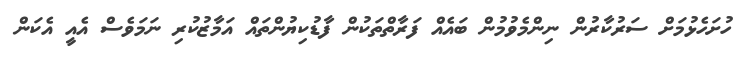
ހުށަހެޅުމަށް ސަރުކާރުން ނިންމެވުމުން ބައެއް ފަރާތްތަކުން ފާޑުކިޔުންތައް އަމާޒުކުރި ނަމަވެސް އެއީ އެކަން